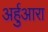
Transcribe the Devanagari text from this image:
अर्हुआरा